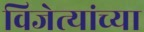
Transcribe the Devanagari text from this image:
विजेत्यांच्या